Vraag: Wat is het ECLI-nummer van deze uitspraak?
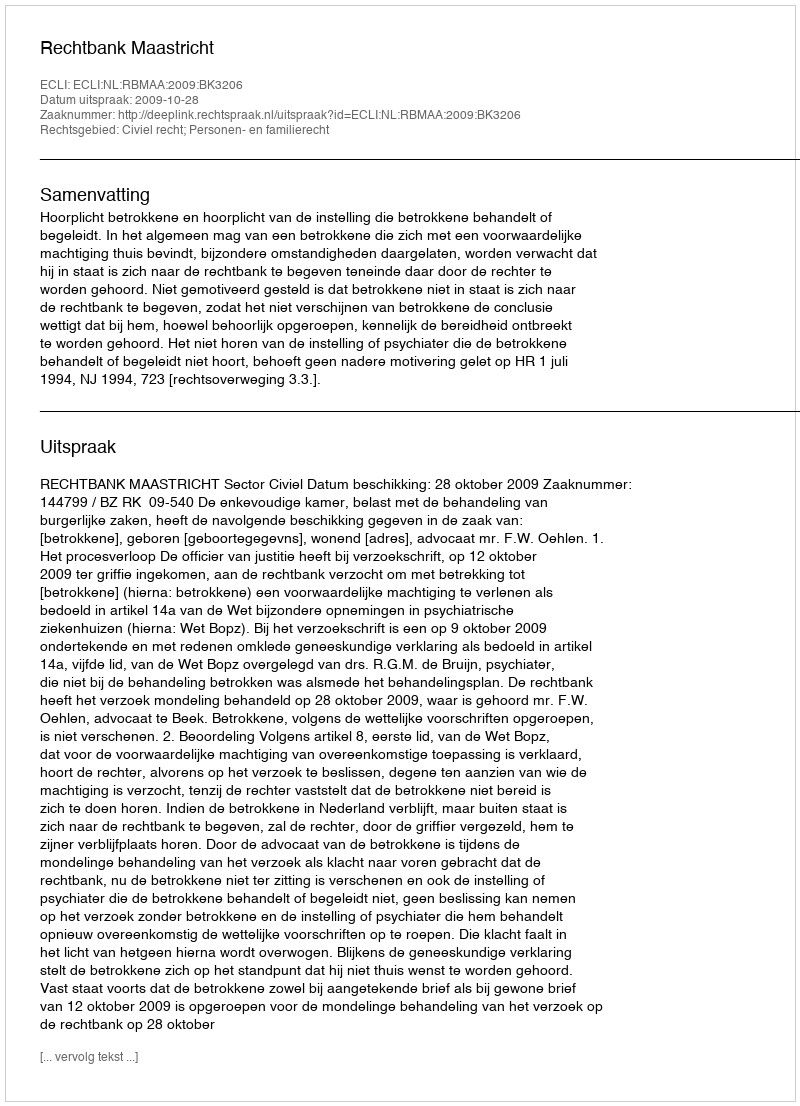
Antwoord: ECLI:NL:RBMAA:2009:BK3206